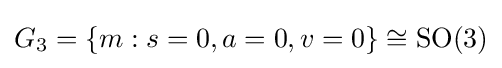
G_{3}=\{m:s=0,a=0,v=0\}\cong \mathrm {SO} (3)